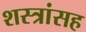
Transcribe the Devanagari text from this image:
शस्त्रांसह